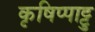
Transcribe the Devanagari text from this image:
कृषिप्पाट्टु